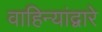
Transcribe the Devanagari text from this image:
वाहिन्यांद्वारे